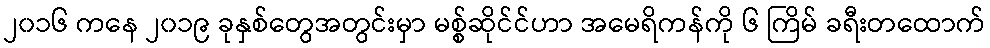
၂၀၁၆ ကနေ ၂၀၁၉ ခုနှစ်တွေအတွင်းမှာ မစ္စ်ဆိုင်င်ဟာ အမေရိကန်ကို ၆ ကြိမ် ခရီးတထောက်